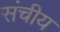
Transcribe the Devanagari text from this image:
संचीय